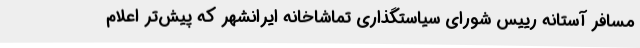
مسافر آستانه رییس شورای سیاستگذاری تماشاخانه ایرانشهر که پیش‌تر اعلام